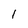
Character: 1